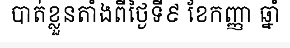
បាត់ខ្លួនតាំងពីថ្ងៃទី៩ ខែកញ្ញា ឆ្នាំ